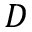
D